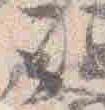
云